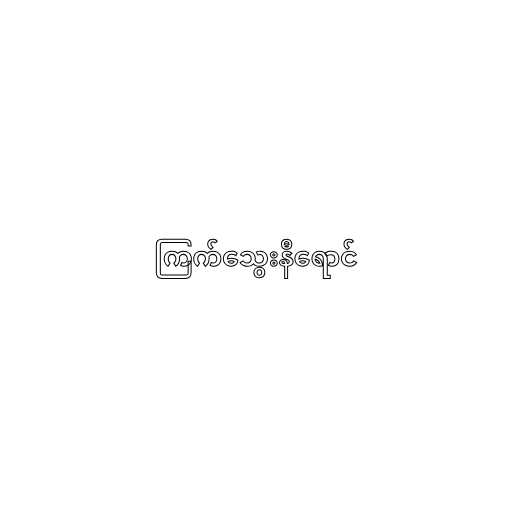
ကြက်သွေးနီရောင်